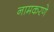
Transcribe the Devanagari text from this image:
नामकरणे